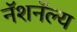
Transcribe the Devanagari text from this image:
नॅशनॅल्य